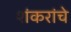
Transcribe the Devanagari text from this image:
शंकरांचे